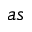
a s